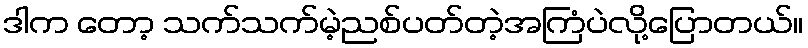
ဒါက တော့ သက်သက်မဲ့ညစ်ပတ်တဲ့အကြံပဲလို့ပြောတယ်။